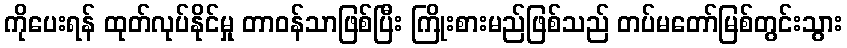
ကိုပေးရန် ထုတ်လုပ်နိုင်မှု တာဝန်သာဖြစ်ပြီး ကြိုးစားမည်ဖြစ်သည် တပ်မတော်မြစ်တွင်းသွား